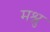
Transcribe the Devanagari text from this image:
मश्रु